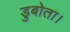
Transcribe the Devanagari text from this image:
डुबोता।